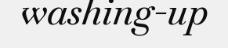
washing-up